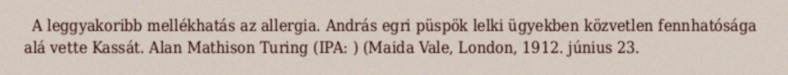
A leggyakoribb mellékhatás az allergia. András egri püspök lelki ügyekben közvetlen fennhatósága alá vette Kassát. Alan Mathison Turing (IPA: ) (Maida Vale, London, 1912. június 23.